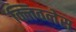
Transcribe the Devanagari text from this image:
क्लिवलेस